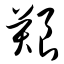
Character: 艰